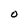
Character: 0